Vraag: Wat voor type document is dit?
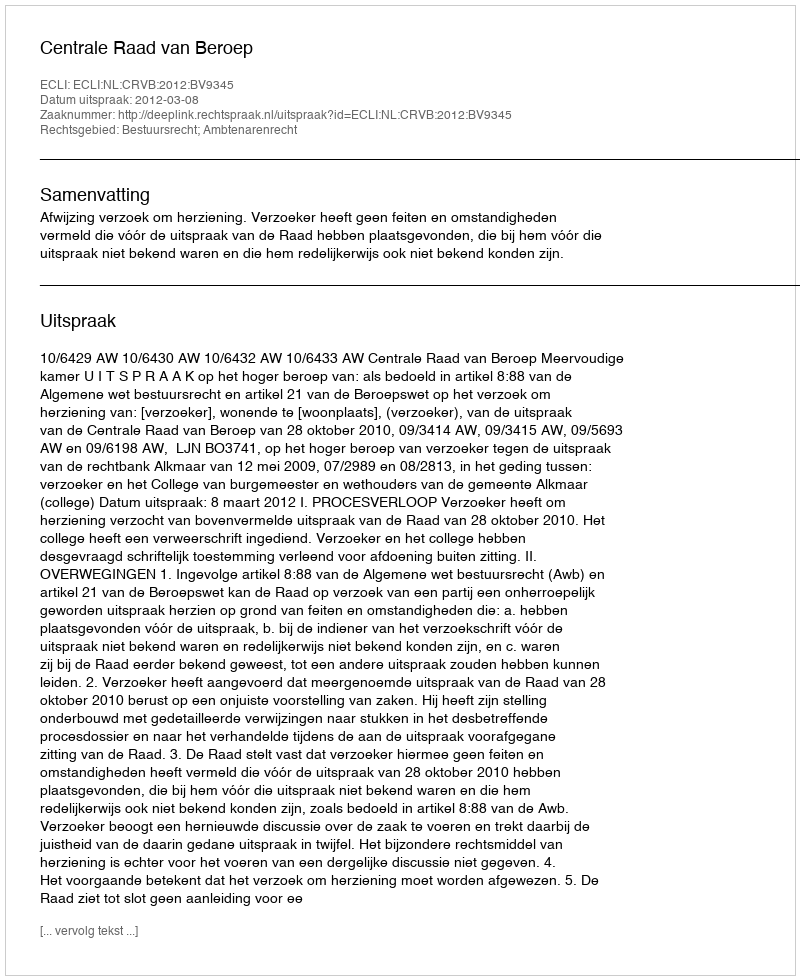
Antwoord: Uitspraak